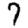
Digit: 7